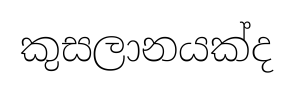
කුසලානයක්ද